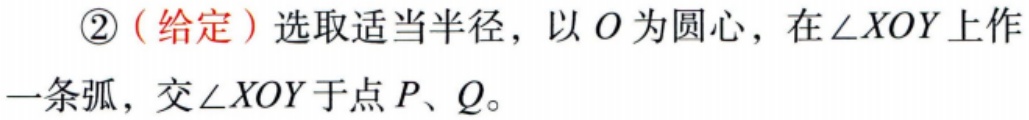
\textcircled{2}（给定）选取适当半径，以\(O\)为圆心，在\(\angle XOY\)上作一条弧，交\(\angle XOY\)于点\(P\)、\(Q\)。